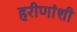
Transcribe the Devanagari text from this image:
हरीणांशी